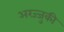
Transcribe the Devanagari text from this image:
अरज्जुकी